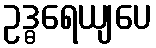
ဥဒ္ဓရေယျပေ